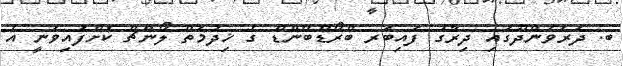
ބ. ދަރަވަންދޫގައި ދިރާގު ފައިބަރ ބްރޯޑްބޭންޑް ގެ ޚިދުމަތް ލޯންޗް ކޮށްފައިވަނީ އެ